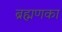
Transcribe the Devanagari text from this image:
ब्रह्मणका